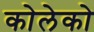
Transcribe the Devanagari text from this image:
कोलेको